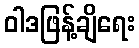
ဝါဒဖြန့်ချိရေး